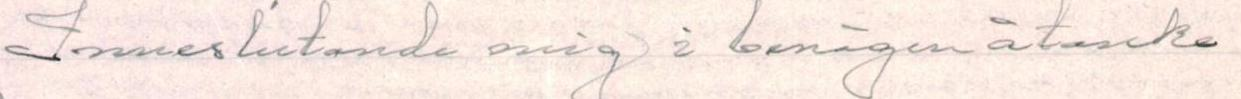
Inneslutande mig i benägen åtanke